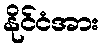
နိုင်ငံအား